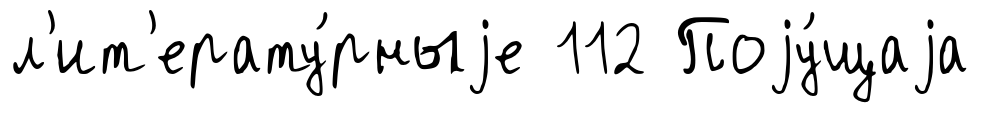
л'ит'ерату́рныjе 112 Поjу́щаjа